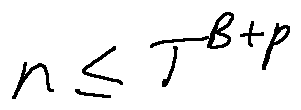
n \leq T ^ { B + p }